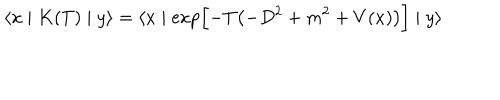
LaTeX: \langle x \mid K ( T ) \mid y \rangle = \langle x \mid \exp \Bigl [ - T \bigl ( - D ^ { 2 } + m ^ { 2 } + V ( x ) \bigr ) \Bigr ] \mid y \rangle